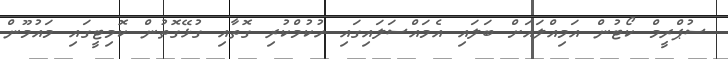
ސުޕްރީމް ކޯޓުން އަމިއްލައަށް ބަލައި އެމައްސަލައިގައި ހުކުމްކުރި ގޮތާއި ގުޅޭގޮތުން ކޮމިޓީގައި މައުމޫން